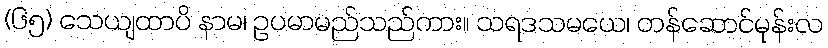
(၆၅) သေယျထာပိ နာမ၊ ဥပမာမည်သည်ကား။ သရဒသမယေ၊ တန်ဆောင်မုန်းလ